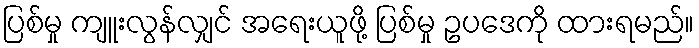
ပြစ်မှု ကျူးလွန်လျှင် အရေးယူဖို့ ပြစ်မှု ဥပဒေကို ထားရမည်။